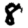
Digit: 8